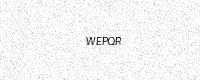
Text: WEPQR